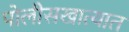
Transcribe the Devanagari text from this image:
पोलीसखात्यात